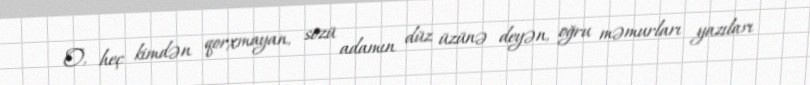
O, heç kimdən qorxmayan, sözü adamın düz üzünə deyən, oğru məmurları yazıları